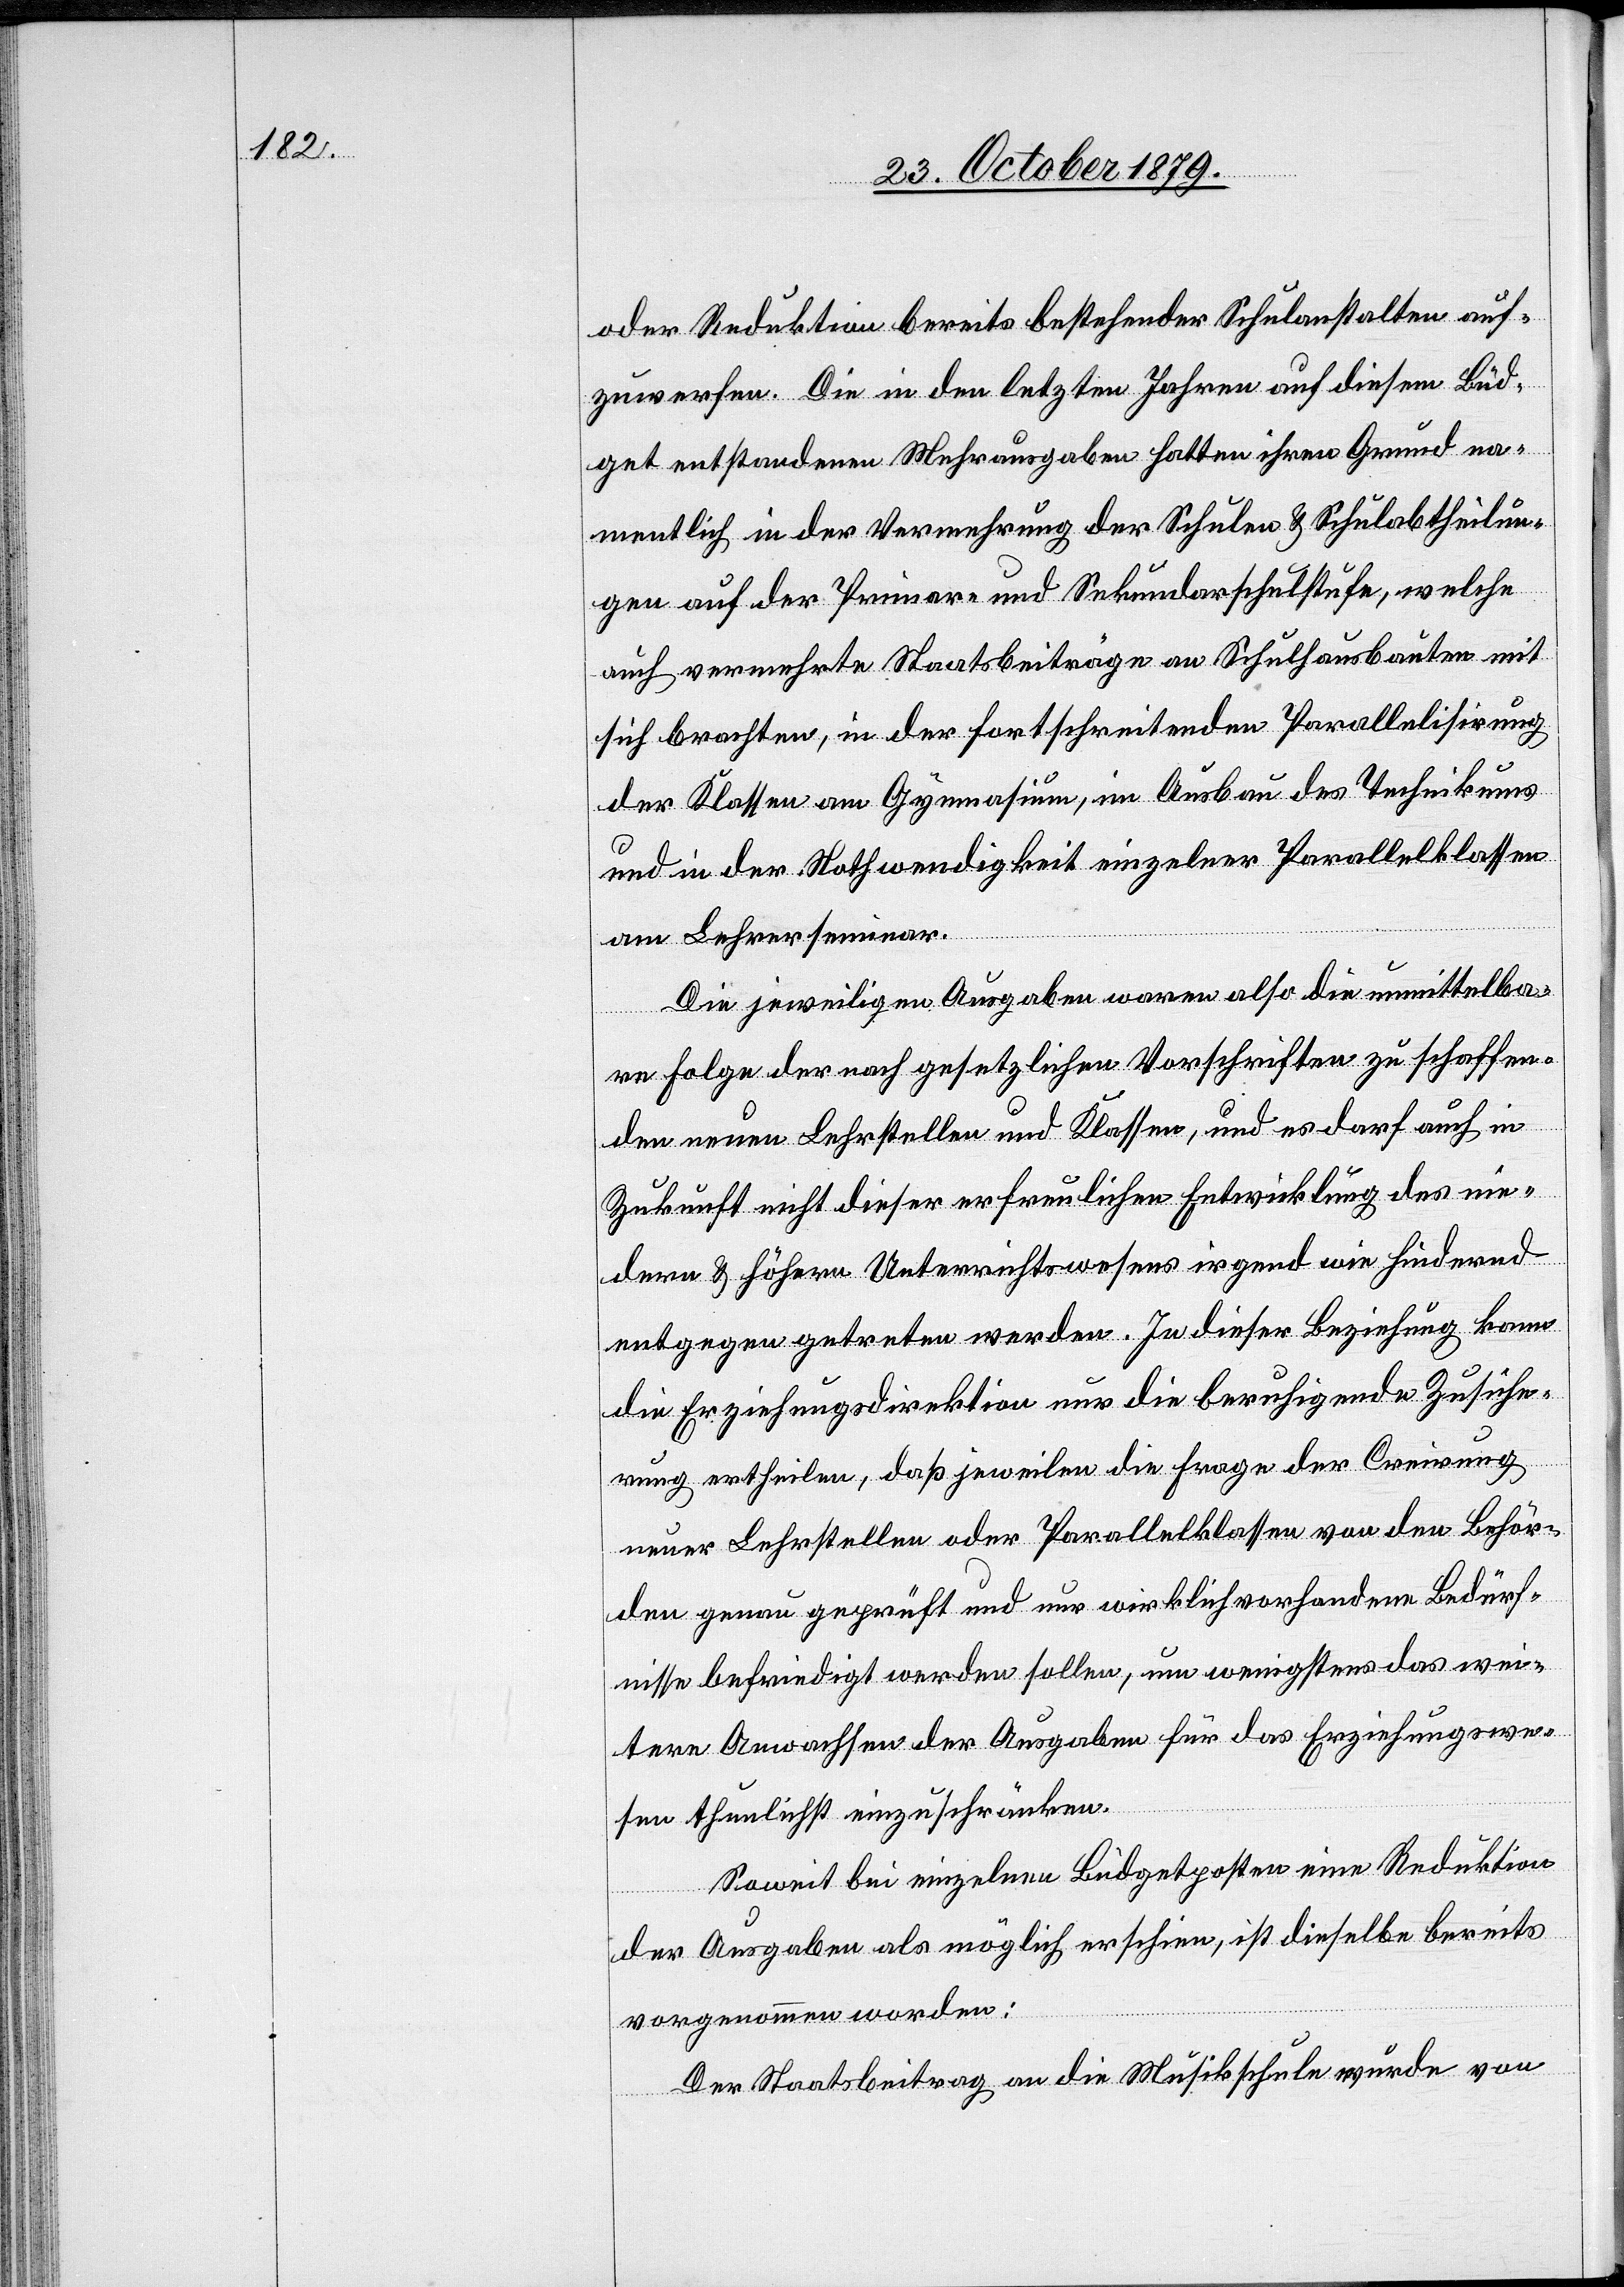
oder Reduktion bereits bestehender Schulanstalten auf¬
zuwerfen. Die in den letzten Jahren auf diesem Büd¬
get entstandenen Mehrausgaben hatten ihren Grund na¬
mentlich in der Vermehrung der Schulen & Schulabtheilun¬
gen auf der Primar- und Sekundarschulstufe, welche
auch vermehrte Staatsbeiträge an Schulhausbauten mit
sich brachten, in der fortschreitenden Parallelisirung
der Klassen am Gymnasium, im Ausbau des Technikums
und in der Nothwendigkeit einzelner Parallelklassen
am Lehrerseminar.
Die jeweiligen Ausgaben waren also die unmittelba¬
re Folge der nach gesetzlichen Vorschriften zu schaffen¬
den neuen Lehrstellen und Klassen, und es darf auch in
Zukunft nicht dieser erfreulichen Entwicklung des nie¬
dern & höhern Unterrichtswesens irgend wie hindernd
entgegen getreten werden. In dieser Beziehung kann
die Erziehungsdirektion nur die beruhigende Zusiche¬
rung ertheilen, daß jeweilen die Frage der Creirung
neuer Lehrstellen oder Parallelklassen von den Behör¬
den genau geprüft und nur wirklich vorhandene Bedürf¬
nisse befriedigt werden sollen, um wenigstens das wei¬
tere Anwachsen der Ausgaben für das Erziehungswe¬
sen thunlichst einzuschränken.
Soweit bei einzelnen Büdgetposten eine Reduktion
der Ausgaben als möglich erschien, ist dieselbe bereits
vorgenommen worden:
Der Staatsbeitrag an die Musikschule wurde von